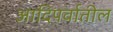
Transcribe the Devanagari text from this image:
आदिपर्वातील